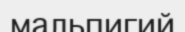
мальпигий